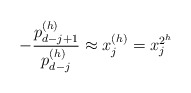
\begin{align*}-\frac{p_{d-j+1}^{(h)}}{p_{d-j}^{(h)}}\approx x^{(h)}_{j}=x_{j}^{2^h}\end{align*}